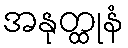
အနုတ္ထုနံ